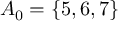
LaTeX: A _ { 0 } = \{ 5 , 6 , 7 \}